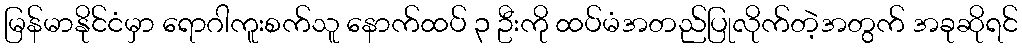
မြန်မာနိုင်ငံမှာ ရောဂါကူးစက်သူ နောက်ထပ် ၃ ဦးကို ထပ်မံအတည်ပြုလိုက်တဲ့အတွက် အခုဆိုရင်